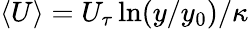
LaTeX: \langle U\rangle=U_{\tau}\ln(y/y_{0})/\kappa